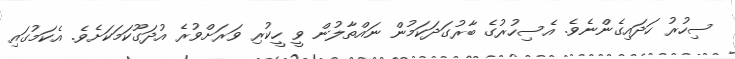
ސިހުރު ހަދައިގެންނެވެ. އެސިހުރުގެ ބާރުގަދަކަމުން ނައްތާލުން ވީ ހީކުރި ވަރަށްވުރެ އުދަގޫކަމަކަށެވެ. އެކަމުގައި